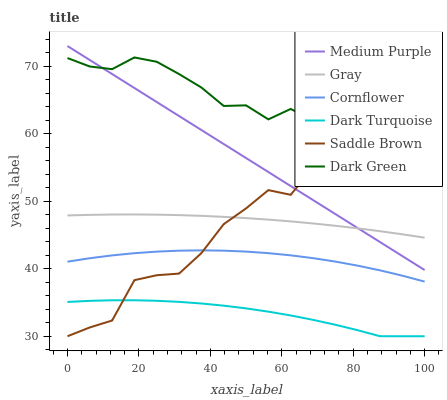
| xaxis_label | Medium Purple | Gray | Cornflower | Dark Turquoise | Saddle Brown | Dark Green |
 | --- | --- | --- | --- | --- | --- | --- |
 | 0 | 73 | 47.9 | 41 | 35.1 | 30 | 71.2 |
 | 6.25 | 70.9 | 48 | 41.6 | 35.2 | 31.3 | 70 |
 | 12.5 | 68.9 | 48 | 42 | 35.3 | 32.3 | 69.6 |
 | 18.8 | 66.8 | 48 | 42.3 | 35.3 | 38.3 | 71.3 |
 | 25 | 64.7 | 48 | 42.5 | 35.3 | 39 | 70.7 |
 | 31.2 | 62.6 | 47.9 | 42.7 | 35.1 | 39.3 | 68.8 |
 | 37.5 | 60.6 | 47.8 | 42.7 | 34.9 | 42.3 | 66.9 |
 | 43.8 | 58.5 | 47.7 | 42.7 | 34.5 | 46.6 | 64.1 |
 | 50 | 56.4 | 47.5 | 42.5 | 34.1 | 48.9 | 64.2 |
 | 56.2 | 54.3 | 47.3 | 42.3 | 33.6 | 51.6 | 62.1 |
 | 62.5 | 52.3 | 47 | 42 | 33.1 | 51 | 63.7 |
 | 68.8 | 50.2 | 46.7 | 41.6 | 32.4 | 55 | 62 |
 | 75 | 48.1 | 46.4 | 41.1 | 31.7 | 58.3 | 58.1 |
 | 81.2 | 46 | 46 | 40.5 | 30.9 | 58.9 | 57.7 |
 | 87.5 | 44 | 45.6 | 39.8 | 30 | 61.4 | 56.9 |
 | 93.8 | 41.9 | 45.1 | 39 | 30 | 62.4 | 57.2 |
 | 100 | 39.8 | 44.6 | 38.1 | 30 | 64.4 | 54.5 |